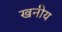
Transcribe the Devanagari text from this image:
खनीय